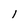
Character: l